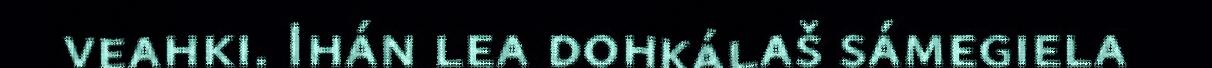
veahki. Ihán lea dohkálaš sámegiela